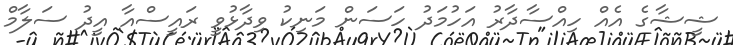
ޝީޝާގެ އެއް ހިއްސާދާރު އަހުމަދު ހަސަން މަނިކު ވިދާޅުވީ ރައީސްއާ އީދު ސަލާމް